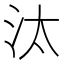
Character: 汰